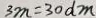
3 m = 3 0 d m